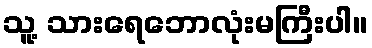
သူ့ သားရေဘောလုံးမကြီးပါ။